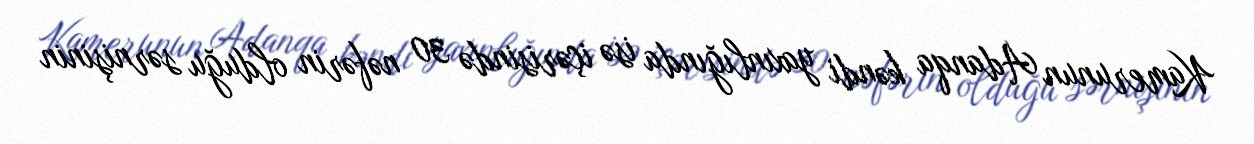
Kamerunun Adanqa kəndi yaxınlığında isə içərisində 30 nəfərin olduğu sərnişinin